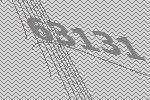
63131